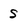
Character: S